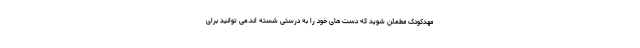
مهدکودک مطمئن شوید که دست های خود را به درستی شسته اند.می توانید برای